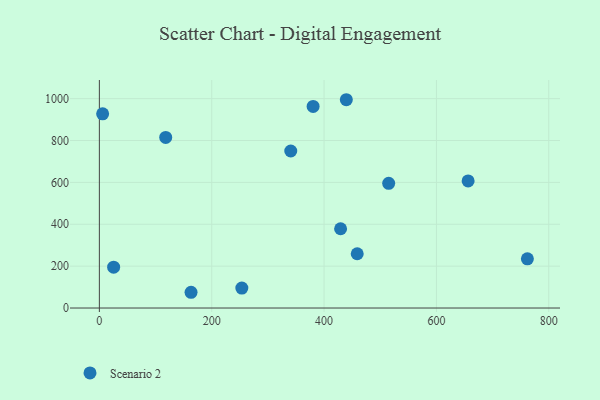
{"axis": {"x": "Study Hours", "y": "Exam Score"}, "legend": ["Scenario 2"], "data": [{"x": "429.4", "y": 378.7, "type": "Scenario 2"}, {"x": "25.4", "y": 195.0, "type": "Scenario 2"}, {"x": "253.6", "y": 95.4, "type": "Scenario 2"}, {"x": "5.8", "y": 927.5, "type": "Scenario 2"}, {"x": "380.5", "y": 962.7, "type": "Scenario 2"}, {"x": "340.7", "y": 749.9, "type": "Scenario 2"}, {"x": "118.1", "y": 814.8, "type": "Scenario 2"}, {"x": "439.6", "y": 994.8, "type": "Scenario 2"}, {"x": "459.0", "y": 259.3, "type": "Scenario 2"}, {"x": "515.0", "y": 595.6, "type": "Scenario 2"}, {"x": "761.9", "y": 235.0, "type": "Scenario 2"}, {"x": "163.2", "y": 75.2, "type": "Scenario 2"}, {"x": "656.4", "y": 607.1, "type": "Scenario 2"}]}